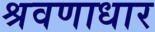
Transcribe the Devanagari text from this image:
श्रवणाधार